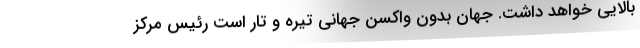
بالایی خواهد داشت. جهان بدون واکسن جهانی تیره و تار است رئیس مرکز